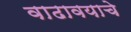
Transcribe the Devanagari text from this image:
वाढावयाचे